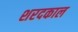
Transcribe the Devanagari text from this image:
शरदकाल